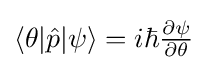
{\textstyle \langle \theta |{\hat {p}}|\psi \rangle =i\hbar {\frac {\partial \psi }{\partial \theta }}}